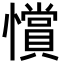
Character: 𢤗